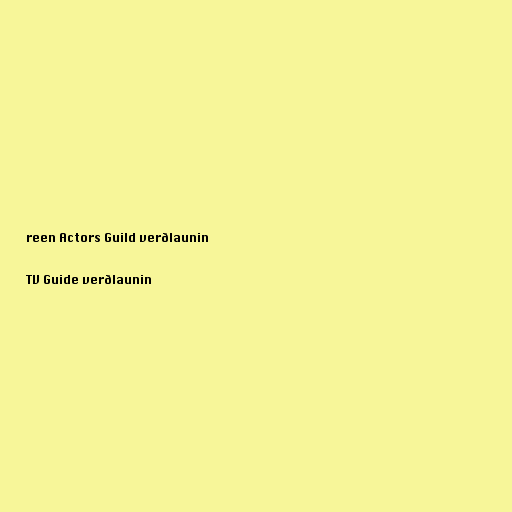
reen Actors Guild verðlaunin

TV Guide verðlaunin